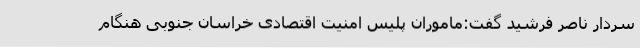
سردار ناصر فرشید گفت:ماموران پلیس امنیت اقتصادی خراسان جنوبی هنگام